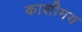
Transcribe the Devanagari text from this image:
काशीमय